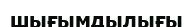
шығымдылығы